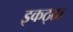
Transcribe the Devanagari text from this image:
इकठ्‍ठा